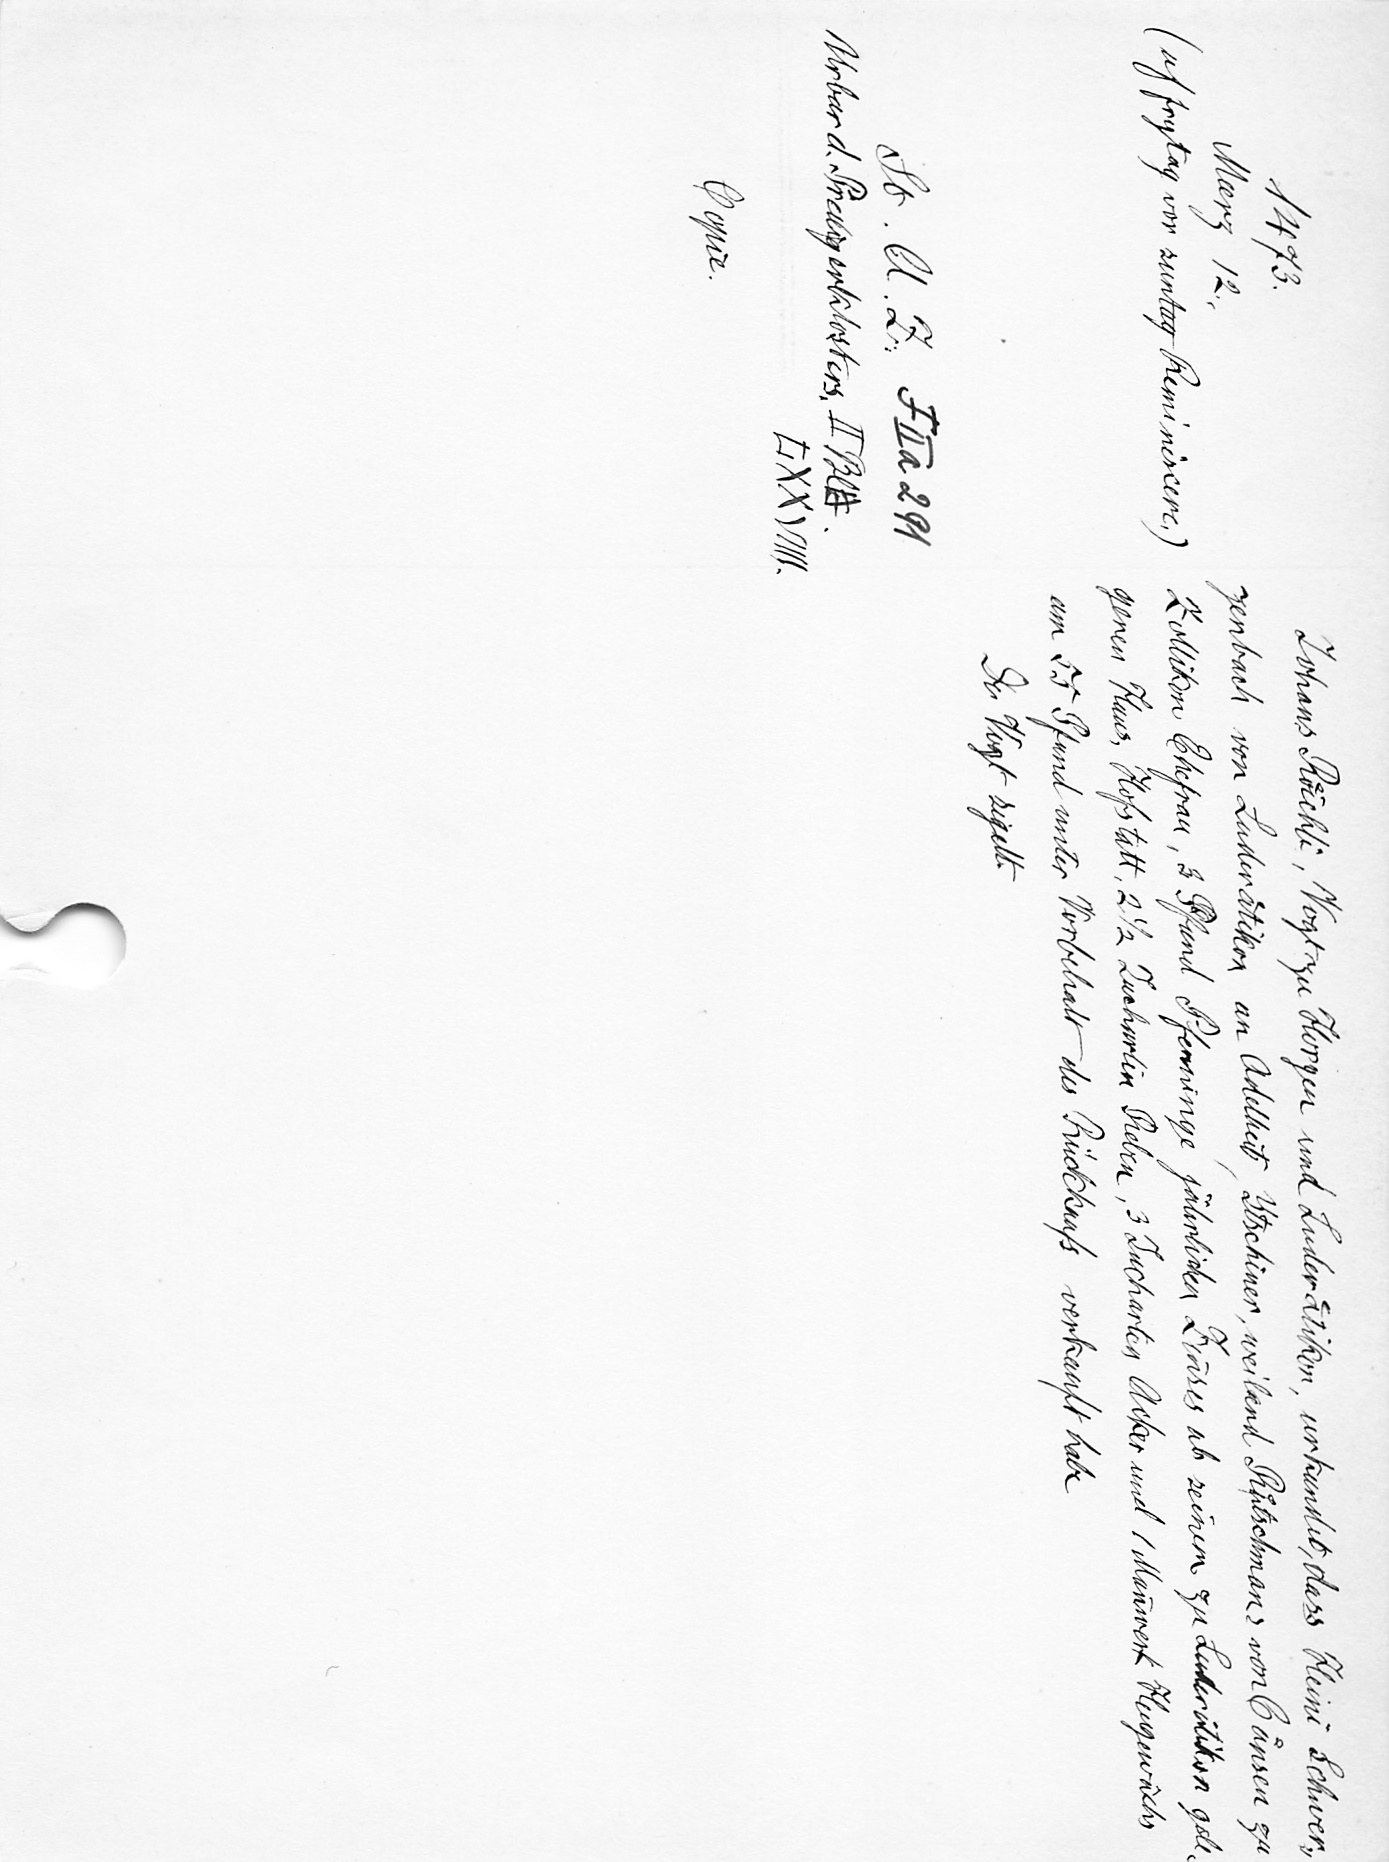
Johans Roͤichli, Vogt zu Horgen und Luderaͤtikon, urkundet, dass Heini Schwer¬
zenbach von Luderaͤtikon an Adelheit Ytschiner, weilend Ruͦtschmans von Caͤnsen zu
Zollikon Ehefrau, 3 Pfund Pfenninge jährlichen Zinses ab seinem zu Luderaͤtikon gele¬
genen Haus, Hofstatt, 2 1/2 Jucharten Reben, 3 Jucharten Acker und 1 Mannwerk Heugewächs
um 55 Pfund unter Vorbehalt des Rückkaufs verkauft habe
Der Vogt sigelt.

1473.
Marz 12.
(uf frytag vor suntag Reminiscere.)
St. A. Z. F II a 291
Urbar d. Predigerklosters, II Bl. 9
LXXVIIII
Copie.